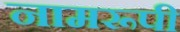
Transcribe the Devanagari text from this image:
नामरूपी